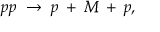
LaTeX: p p \; \rightarrow \; p \: + \: M \: + \: p ,